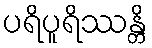
ပရိပူရိဿန္တိ